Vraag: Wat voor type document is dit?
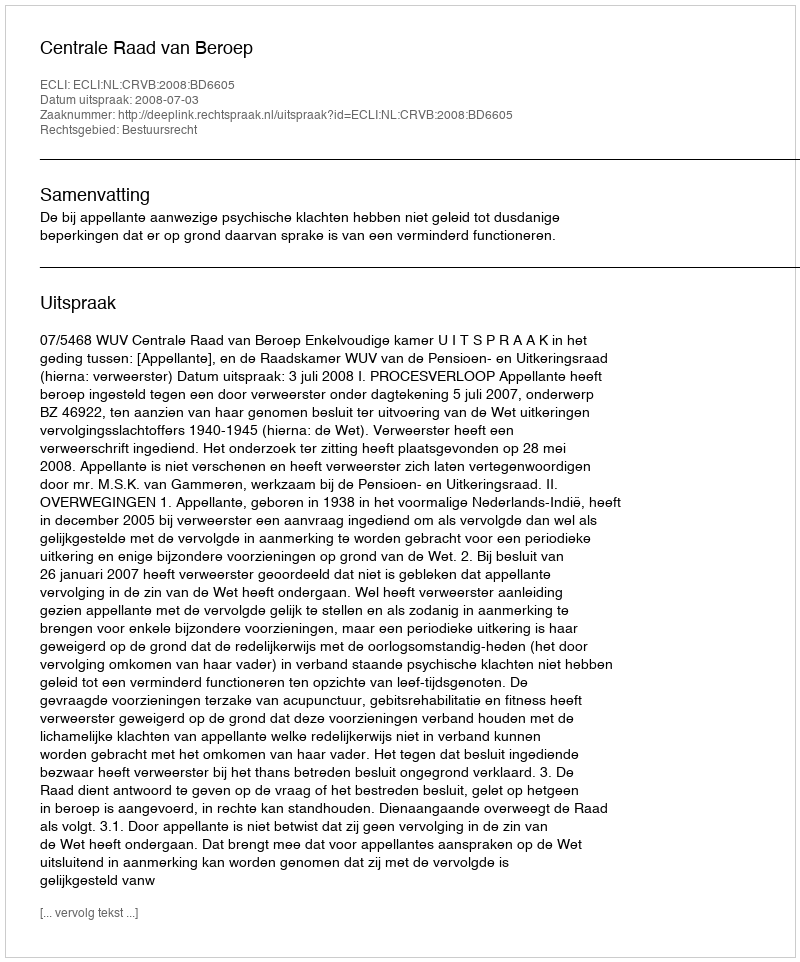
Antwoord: Uitspraak